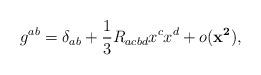
LaTeX: \begin{align*}g^{ab} = \delta _{ab} + \frac{1}{3} R_{acbd} x^{c} x^{d} + o({\mathbf{x^{2}}}),\end{align*}